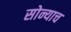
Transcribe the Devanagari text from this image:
सोन्याच